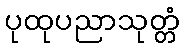
ပုထုပညာသုတ္တံ